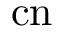
\mathrm { c n }